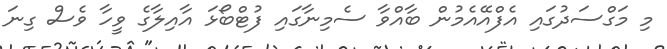
މި މަގްސަދުގައި އެފްއޭއެމުން ބާއްވާ ސެމިނާގައި ފުޓްބޯޅަ އާއިލާގެ ވީހާ ވެސް ގިނަ